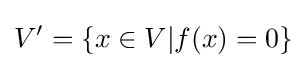
V'=\{x\in V|f(x)=0\}